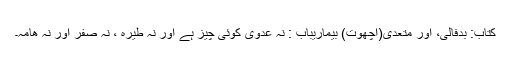
کتاب: بدفالی، اور متعدی(اچھوت) بیماریباب : نہ عدوی کوئی چیز ہے اور نہ طیرہ ، نہ صفر اور نہ ھامہ۔